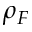
\rho _ { F }